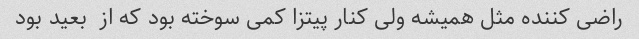
راضی کننده مثل همیشه ولی کنار پیتزا کمی سوخته بود که از  بعید بود